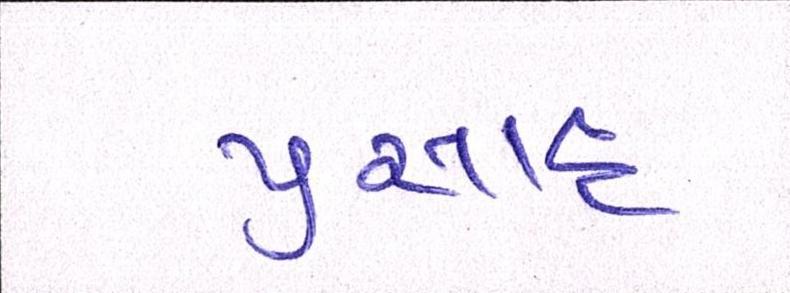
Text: પ્રસાદ